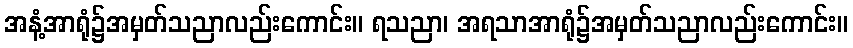
အနံ့အာရုံ၌အမှတ်သညာလည်းကောင်း။ ရသညာ၊ အရသာအာရုံ၌အမှတ်သညာလည်းကောင်း။